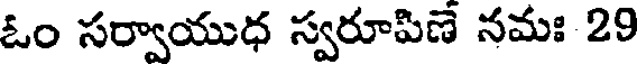
ఓం సర్వాయుధ స్వరూపిణే నమః 29